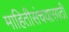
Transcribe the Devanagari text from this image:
माहितीसंचयासाठी